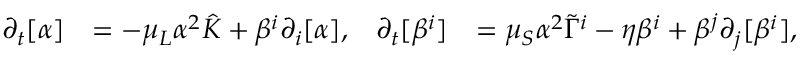
\begin{array} { r l r l } { \partial _ { t } [ \alpha ] } & { = - \mu _ { L } \alpha ^ { 2 } \hat { K } + \beta ^ { i } \partial _ { i } [ \alpha ] , } & { \partial _ { t } [ \beta ^ { i } ] } & { = \mu _ { S } \alpha ^ { 2 } \tilde { \Gamma } ^ { i } - \eta \beta ^ { i } + \beta ^ { j } \partial _ { j } [ \beta ^ { i } ] , } \end{array}